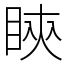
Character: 鿃